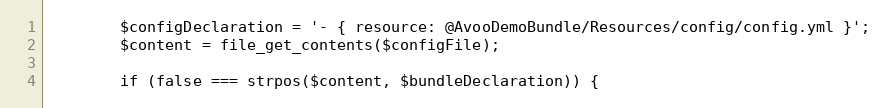
Language: PHP
        $configDeclaration = '- { resource: @AvooDemoBundle/Resources/config/config.yml }';
        $content = file_get_contents($configFile);

        if (false === strpos($content, $bundleDeclaration)) {